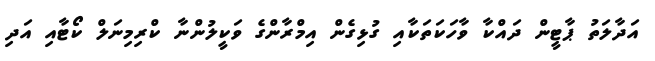
އަދާލަތު ޕާޓީން ދައްކާ ވާހަކަތަކާއި ގުޅިގެން އިމްރާންގެ ވަކީލުންނާ ކްރިމިނަލް ކޯޓާއި އަދި